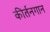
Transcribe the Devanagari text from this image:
कीर्तनगान